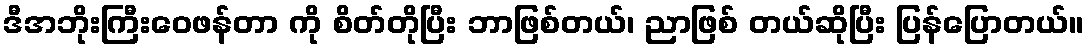
ဒီအဘိုးကြီးဝေဖန်တာ ကို စိတ်တိုပြီး ဘာဖြစ်တယ်၊ ညာဖြစ် တယ်ဆိုပြီး ပြန်ပြောတယ်။